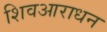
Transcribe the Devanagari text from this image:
शिवआराधन